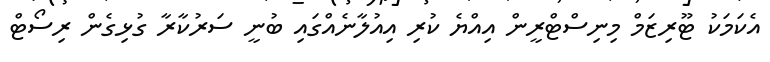
އެކަމަކު ޓޫރިޒަމް މިނިސްޓްރީން އިއްޔެ ކުރި އިއުލާނެއްގައި ބުނީ ސަރުކާރާ ގުޅިގެން ރިސޯޓް